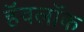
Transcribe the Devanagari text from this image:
हॅवलॉक